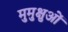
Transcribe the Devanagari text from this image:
मुमुक्षुओं